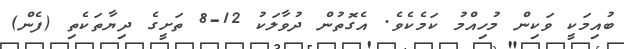
ބުއިމަކީ ވަކިން މުހިއްމު ކަމެކެވެ. އެގޮތުން ދުވާލަކު 12-8 ތަށީގެ ދިޔާތަކެތި (ފެން)